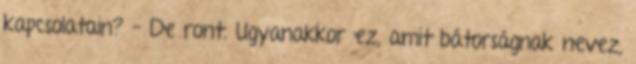
kapcsolatain? – De ront. Ugyanakkor ez, amit bátorságnak nevez,